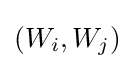
(W_{i},W_{j})